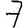
Digit: 7